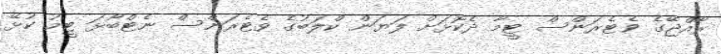
ރާއްޖޭގެ ވެޓެރަންސް ޓީމާ ދެކޮޅަށް ލަޔަން ކްލަބުގެ ވެޓެރަންސް ނެޓްބޯޅަ ޓީމު ކުޅޭ